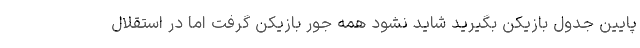
پایین جدول بازیکن بگیرید شاید نشود همه جور بازیکن گرفت اما در استقلال